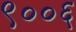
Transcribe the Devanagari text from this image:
९००६